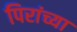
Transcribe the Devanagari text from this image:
पिरांच्या